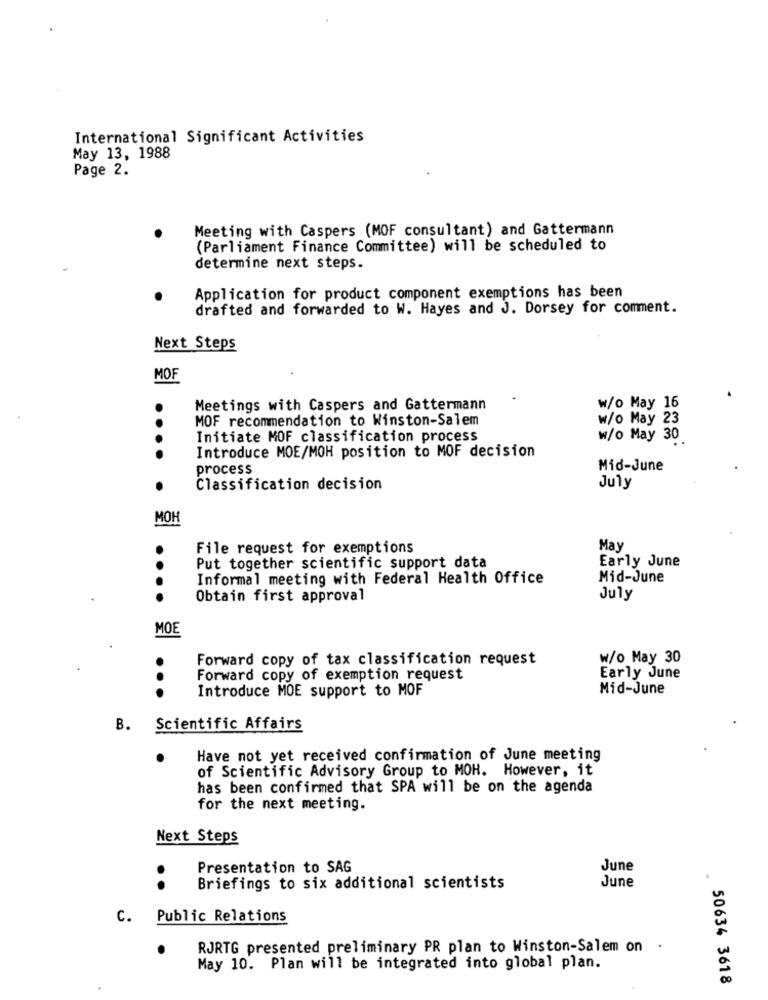
International Significant Activities
May 13, 1988
Page 2.
Meeting with Caspers (MOF consultant) and Gattermann
(Parliament Finance Committee) will be scheduled to
determine next steps.
Application for product component exemptions has been
drafted and forwarded to W. Hayes and J. Dorsey for comment.
Next Steps
MOF
Meetings with Caspers and Gattermann
w/o May 16
MOF recommendation to Winston-Salem
w/o May 23
Initiate MOF classification process
w/o May 30
Introduce MOE/MOH position to MOF decision
process
Mid-June
Classification decision
July
MOI
File request for exemptions
May
Early June
Put together scientific support data
Informal meeting with Federal Health Office
Mid-June
Obtain first approval
July
MOE
Forward copy of tax classification request
w/o May 30
Forward copy of exemption request
Early June
...
Introduce MOE support to MOF
Mid-June
B.
Scientific Affairs
Have not yet received confirmation of June meeting
of Scientific Advisory Group to MOH. However, it
has been confirmed that SPA will be on the agenda
for the next meeting.
Next Steps
Presentation to SAG
June
.
June
..
Briefings to six additional scientists
C.
Public Relations
RJRTG presented preliminary PR plan to Winston-Salem on .
May 10. Plan will be integrated into global plan.
50634 3618